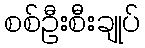
စစ်ဦးစီးချုပ်